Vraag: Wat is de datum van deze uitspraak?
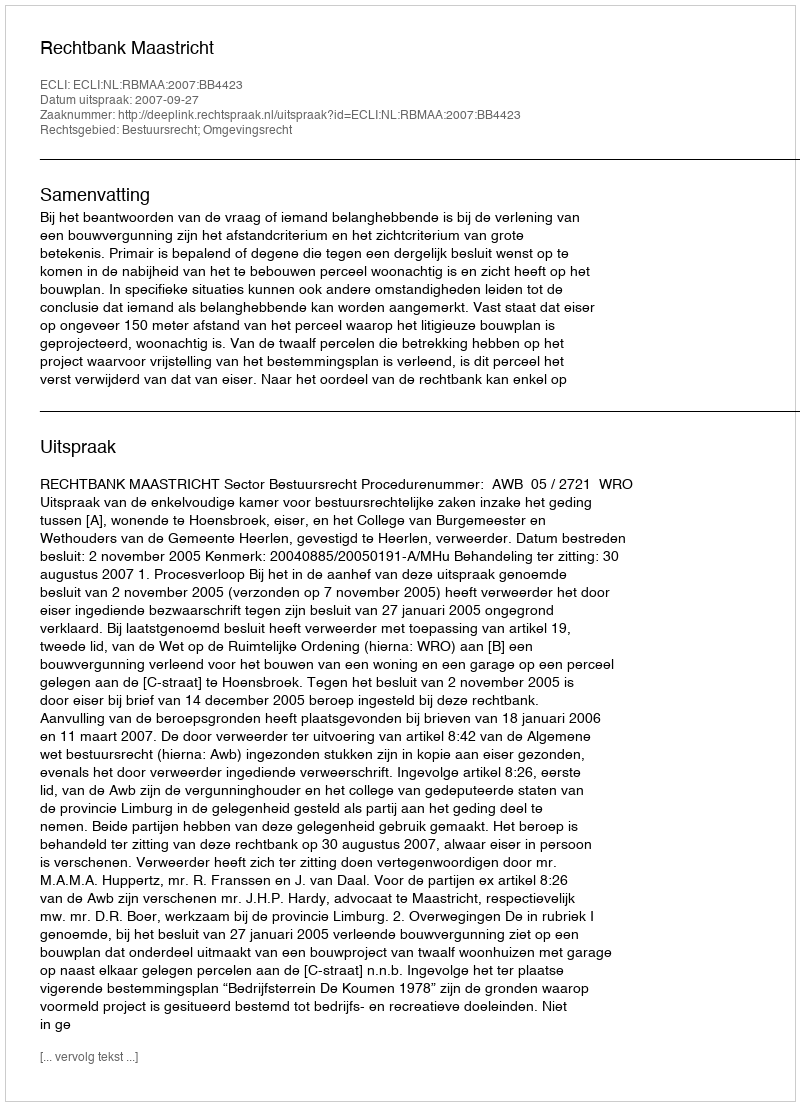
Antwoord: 2007-09-27